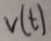
Text: V(t)